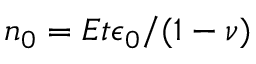
n _ { 0 } = E t \epsilon _ { 0 } / ( 1 - \nu )